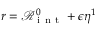
r = \mathcal { R } _ { \mathrm { ~ i ~ n ~ t ~ } } ^ { 0 } + \epsilon \eta ^ { 1 }